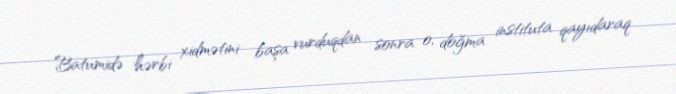
Batumidə hərbi xidmətini başa vurduqdan sonra o, doğma instituta qayıdaraq